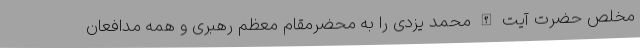
مخلص حضرت آیت الله محمد یزدی را به محضرمقام معظم رهبری و همه مدافعان